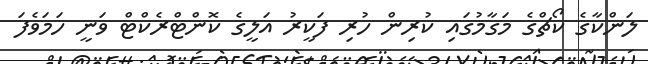
ލަންކާގެ ކޯޗްގެ މަގާމުގައި ކުރިން ހުރި ފަކީރު އަލީގެ ކޮންޓްރެކްޓް ވަނީ ހަމަވެފަ